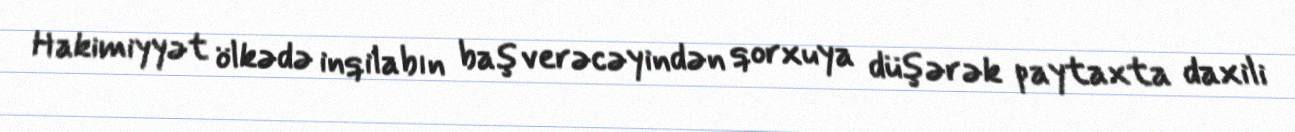
Hakimiyyət ölkədə inqilabın baş verəcəyindən qorxuya düşərək paytaxta daxili